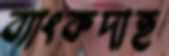
ব্যাংকদাহ